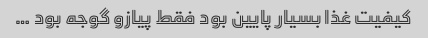
کیفیت غذا بسیار پایین بود فقط پیازو گوجه بود …